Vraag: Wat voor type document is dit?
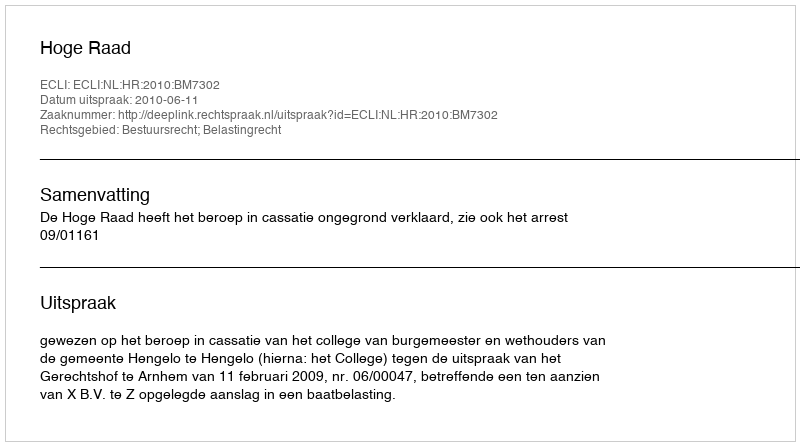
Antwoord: Uitspraak